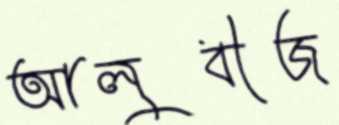
আলুবীজ